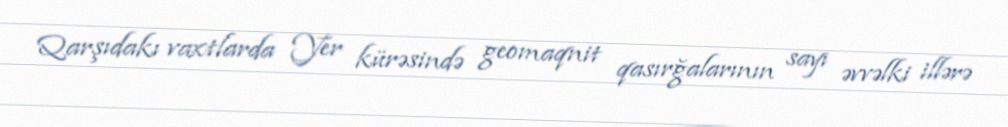
Qarşıdakı vaxtlarda Yer kürəsində geomaqnit qasırğalarının sayı əvvəlki illərə